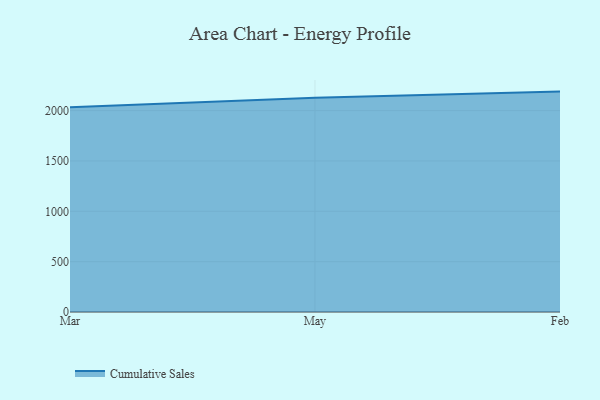
{"axis": {"x": "Month", "y": "Shipments"}, "legend": ["Cumulative Sales"], "data": [{"x": "Mar", "y": 2033.0, "type": "Cumulative Sales"}, {"x": "May", "y": 2128.1, "type": "Cumulative Sales"}, {"x": "Feb", "y": 2188.7, "type": "Cumulative Sales"}]}